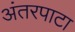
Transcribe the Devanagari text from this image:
अंतरपाटा